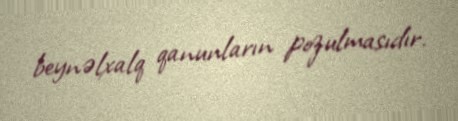
beynəlxalq qanunların pozulmasıdır.